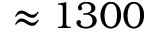
\approx 1 3 0 0